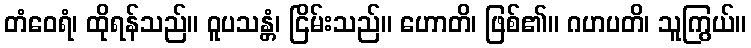
တံဝေရံ၊ ထိုရန်သည်။ ဝူပသန္တံ၊ ငြိမ်းသည်။ ဟောတိ၊ ဖြစ်၏။ ဂဟပတိ၊ သူကြွယ်။